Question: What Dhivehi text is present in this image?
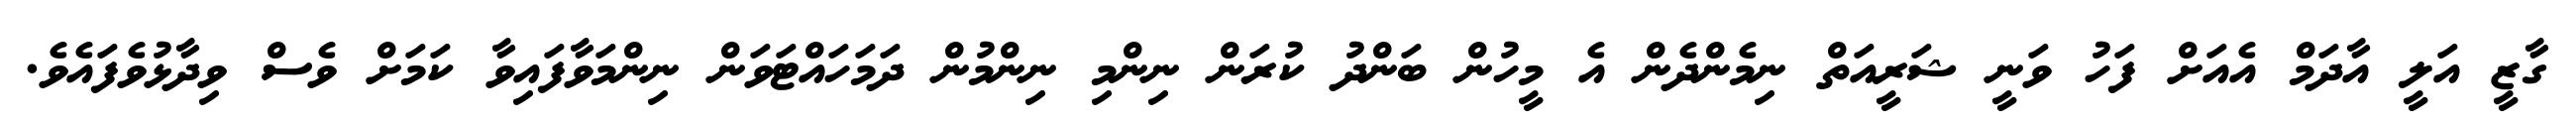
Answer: ގާޒީ އަލީ އާދަމް އެއަށް ފަހު ވަނީ ޝަރީއަތް ނިމެންދެން އެ މީހުން ބަންދު ކުރަން ނިންމި ނިންމުން ދަމަހައްޓަވަން ނިންމަވާފައިވާ ކަމަށް ވެސް ވިދާޅުވެފައެވެ.